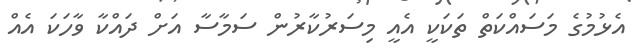
އެޅުމުގެ މަަސައްކަތް ތަކަކީ އެއީ މިސަރުކާރުން ސަމާސާ އަށް ދައްކާ ވާހަކަ އެއް